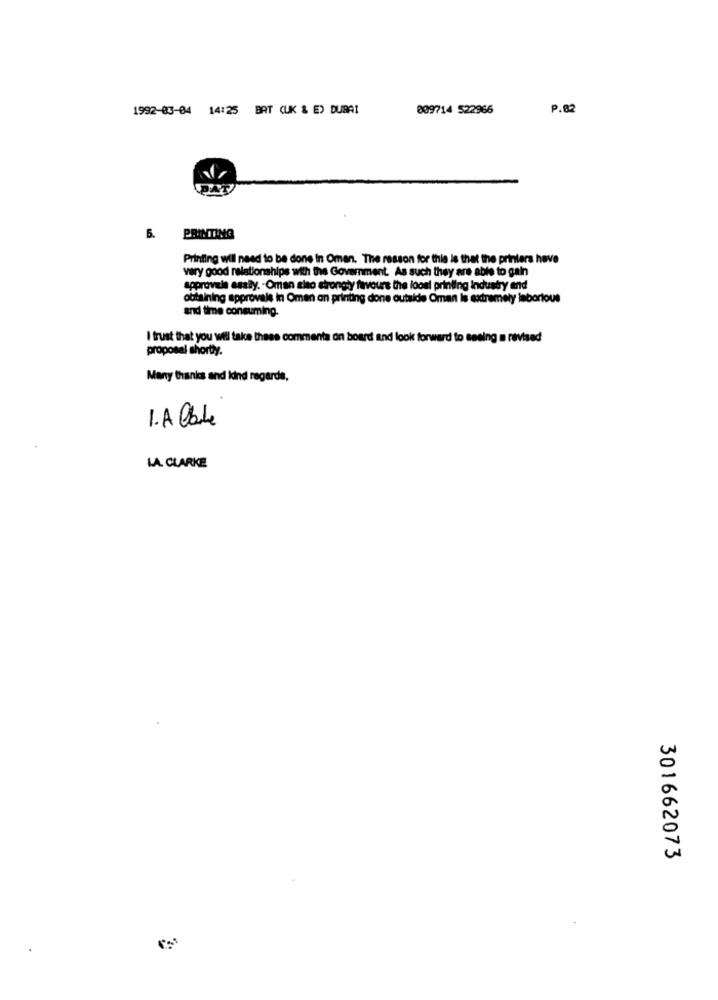
1992-03-04 14:25 BAT (UK & E) DUBAI
809714 522966
P.82
5.
PRINTING
Printing will need to be done in Oman. The resson for this is that the printers have
very good relationships with the Government. As such they are able to gain
approvale asally. - Oman slao strongy favours the loosl printing industry and
obtaining approvals in Omen an printing done outside Oman Is extremely inborious
and time consuming.
I trust that you wil take thees comments on board and look forward to seeing a revised
proposal shortly.
Many thanks and kind regards,
1. A Claude
LA CLARKE
301662073